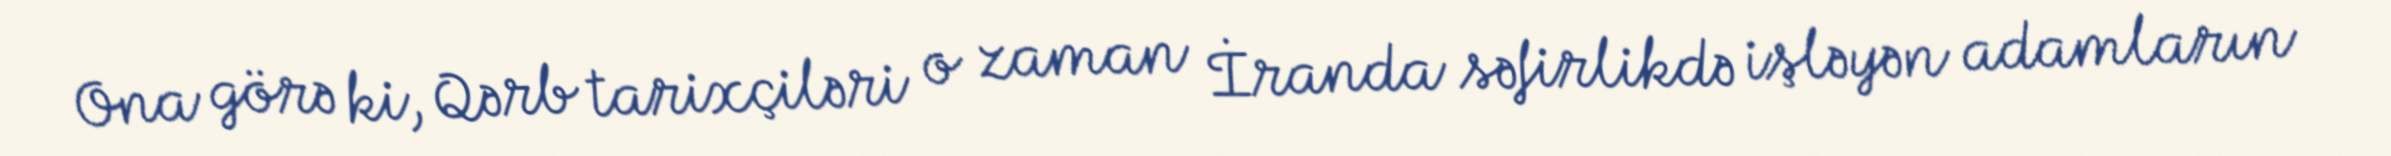
Ona görə ki, Qərb tarixçiləri o zaman İranda səfirlikdə işləyən adamların